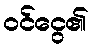
ဝင်ငွေ၏